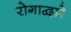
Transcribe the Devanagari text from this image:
रोगाद्वारे